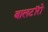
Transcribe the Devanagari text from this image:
बालटॉरो